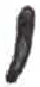
אות: ו